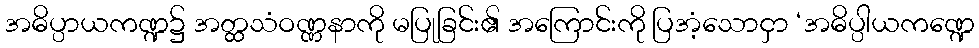
အဓိပ္ပာယကဏ္ဍ၌ အတ္ထသံဝဏ္ဏနာကို မပြုခြင်း၏ အကြောင်းကို ပြအံ့သောငှာ ‘အဓိပ္ပါယကဏ္ဍေ